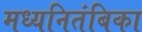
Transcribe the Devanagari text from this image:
मध्यनितंबिका